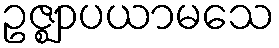
ဥဇ္ဈာပယာမသေ